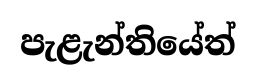
පැළැන්තියේත්